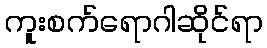
ကူးစက်ရောဂါဆိုင်ရာ